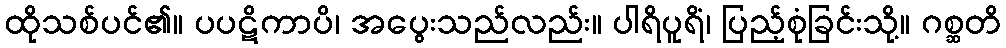
ထိုသစ်ပင်၏။ ပပဋိကာပိ၊ အပွေးသည်လည်း။ ပါရိပူရိံ၊ ပြည့်စုံခြင်းသို့။ ဂစ္ဆတိ